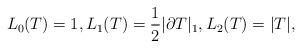
LaTeX: \begin{align*} L_{0}(T)=1, L_{1}(T)=\frac 12 |\partial T|_1, L_{2}(T)=|T|,\end{align*}